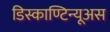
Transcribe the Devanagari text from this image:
डिस्काण्टिन्यूअस